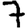
Digit: 7